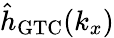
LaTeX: \hat{h}_{\mathrm{GTC}}({k_{x}})